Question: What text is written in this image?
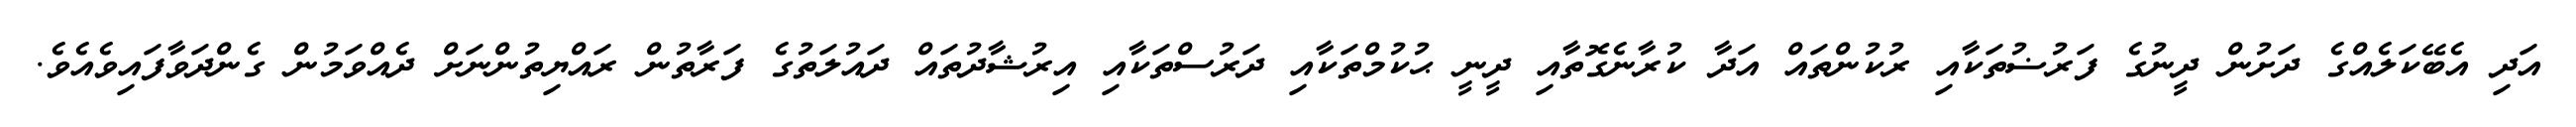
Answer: އަދި އެބޭކަލެއްގެ ދަށުން ދީނުގެ ފަރުޟުތަކާއި ރުކުންތައް އަދާ ކުރާނެގޮތާއި ދީނީ ޙުކުމްތަކާއި ދަރުސްތަކާއި އިރުޝާދުތައް ދައުލަތުގެ ފަރާތުން ރައްޔިތުންނަށް ދެއްވަމުން ގެންދަވާފައިވެއެވެ.